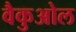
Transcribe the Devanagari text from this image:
वैकुओल